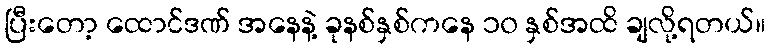
ပြီးတော့ ထောင်ဒဏ် အနေနဲ့ ခုနစ်နှစ်ကနေ ၁၀ နှစ်အထိ ချလို့ရတယ်။